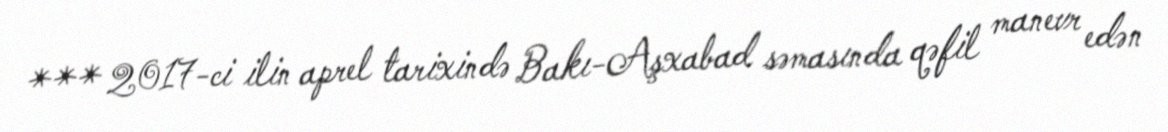
*** 2017-ci ilin aprel tarixində Bakı-Aşxabad səmasında qəfil manevr edən